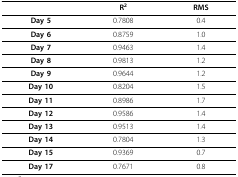
<table><thead><tr><td></td><td><b>R<sup>2</sup></b></td><td><b>RMS</b></td></tr></thead><tbody><tr><td><b>Day 5</b></td><td>0.7808</td><td>0.4</td></tr><tr><td><b>Day 6</b></td><td>0.8759</td><td>1.0</td></tr><tr><td><b>Day 7</b></td><td>0.9463</td><td>1.4</td></tr><tr><td><b>Day 8</b></td><td>0.9813</td><td>1.2</td></tr><tr><td><b>Day 9</b></td><td>0.9644</td><td>1.2</td></tr><tr><td><b>Day 10</b></td><td>0.8204</td><td>1.5</td></tr><tr><td><b>Day 11</b></td><td>0.8986</td><td>1.7</td></tr><tr><td><b>Day 12</b></td><td>0.9586</td><td>1.4</td></tr><tr><td><b>Day 13</b></td><td>0.9513</td><td>1.4</td></tr><tr><td><b>Day 14</b></td><td>0.7804</td><td>1.3</td></tr><tr><td><b>Day 15</b></td><td>0.9369</td><td>0.7</td></tr><tr><td><b>Day 17</b></td><td>0.7671</td><td>0.8</td></tr></tbody></table>